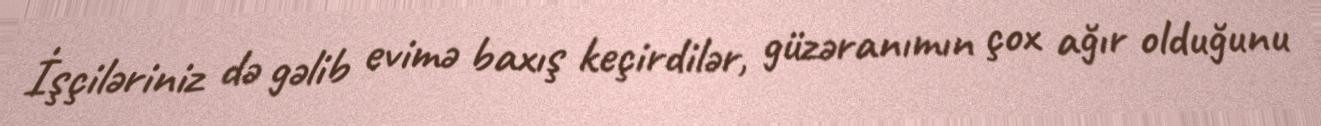
İşçiləriniz də gəlib evimə baxış keçirdilər, güzəranımın çox ağır olduğunu